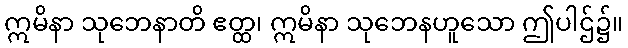
ဣမိနာ သုဘေနာတိ ဧတ္ထ၊ ဣမိနာ သုဘေနဟူသော ဤပါဌ်၌။